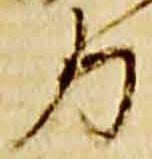
力